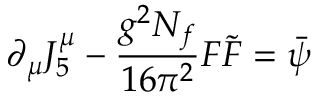
\partial _ { \mu } J _ { 5 } ^ { \mu } - { \frac { g ^ { 2 } N _ { f } } { 1 6 \pi ^ { 2 } } } F \widetilde { F } = \bar { \psi }